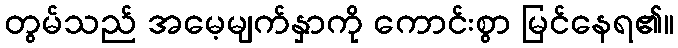
တွမ်သည် အမေ့မျက်နှာကို ကောင်းစွာ မြင်နေရ၏။